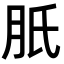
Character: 𦙆